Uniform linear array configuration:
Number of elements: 4
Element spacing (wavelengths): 0.75
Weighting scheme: cosine
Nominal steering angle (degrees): -60
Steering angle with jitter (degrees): -60.558
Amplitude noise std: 0.05
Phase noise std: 0.05

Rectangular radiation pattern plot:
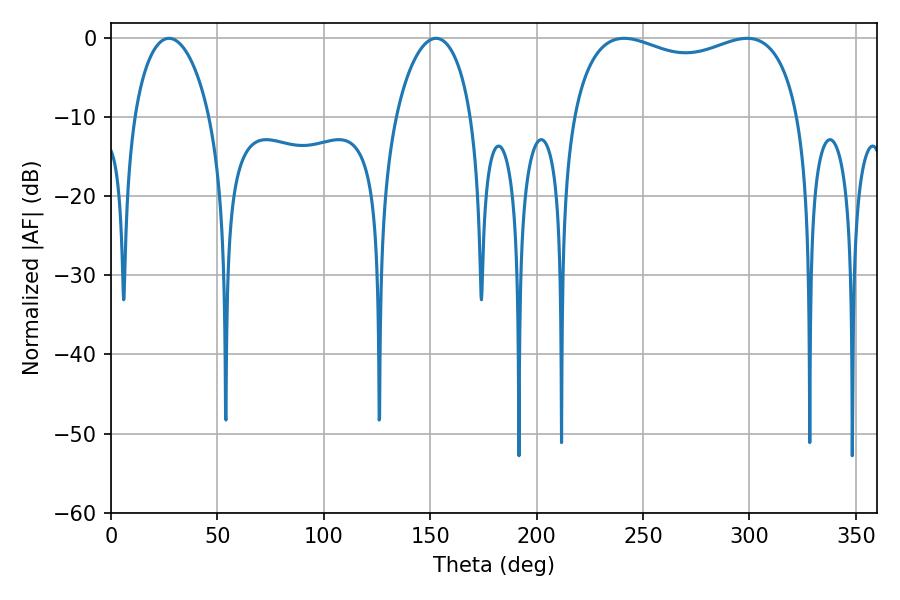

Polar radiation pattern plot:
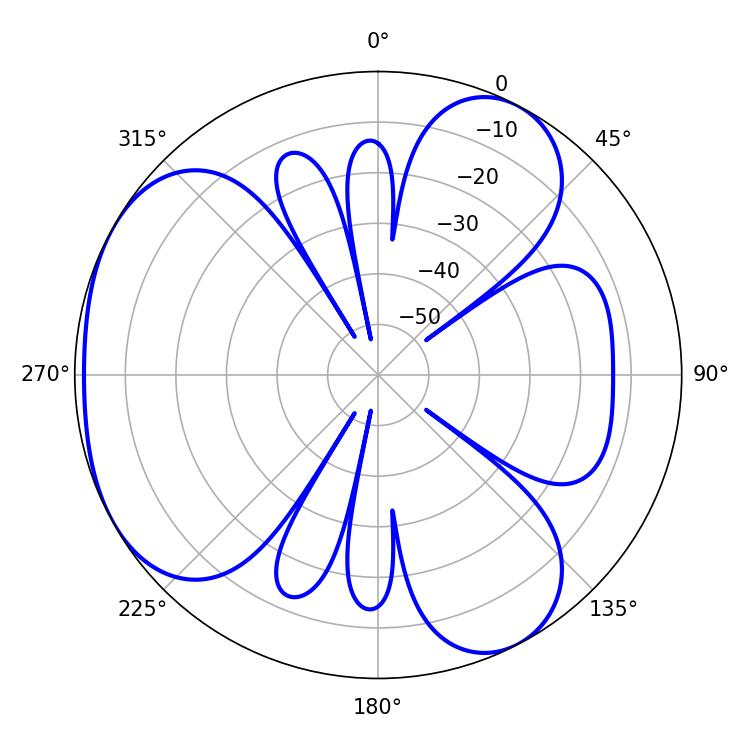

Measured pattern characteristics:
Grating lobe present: TRUE
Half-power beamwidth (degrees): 87.84
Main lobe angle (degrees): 241.02